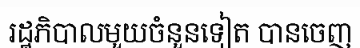
រដ្ឋភិបាលមួយចំនួនទៀត បានចេញ